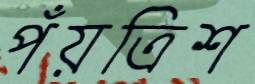
পঁয়ত্রিশ